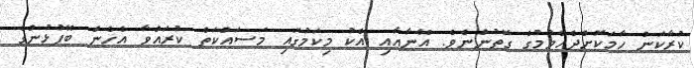
ކުރާކަން ހާމަކޮށްދެއްވުމުގެ ގޮތުންނެވެ. އޭނާއާއި އެކު މިކަމުގައި މަސައްކަތް ކުރައްވާ އެހެން ބޭފުޅުންގެ